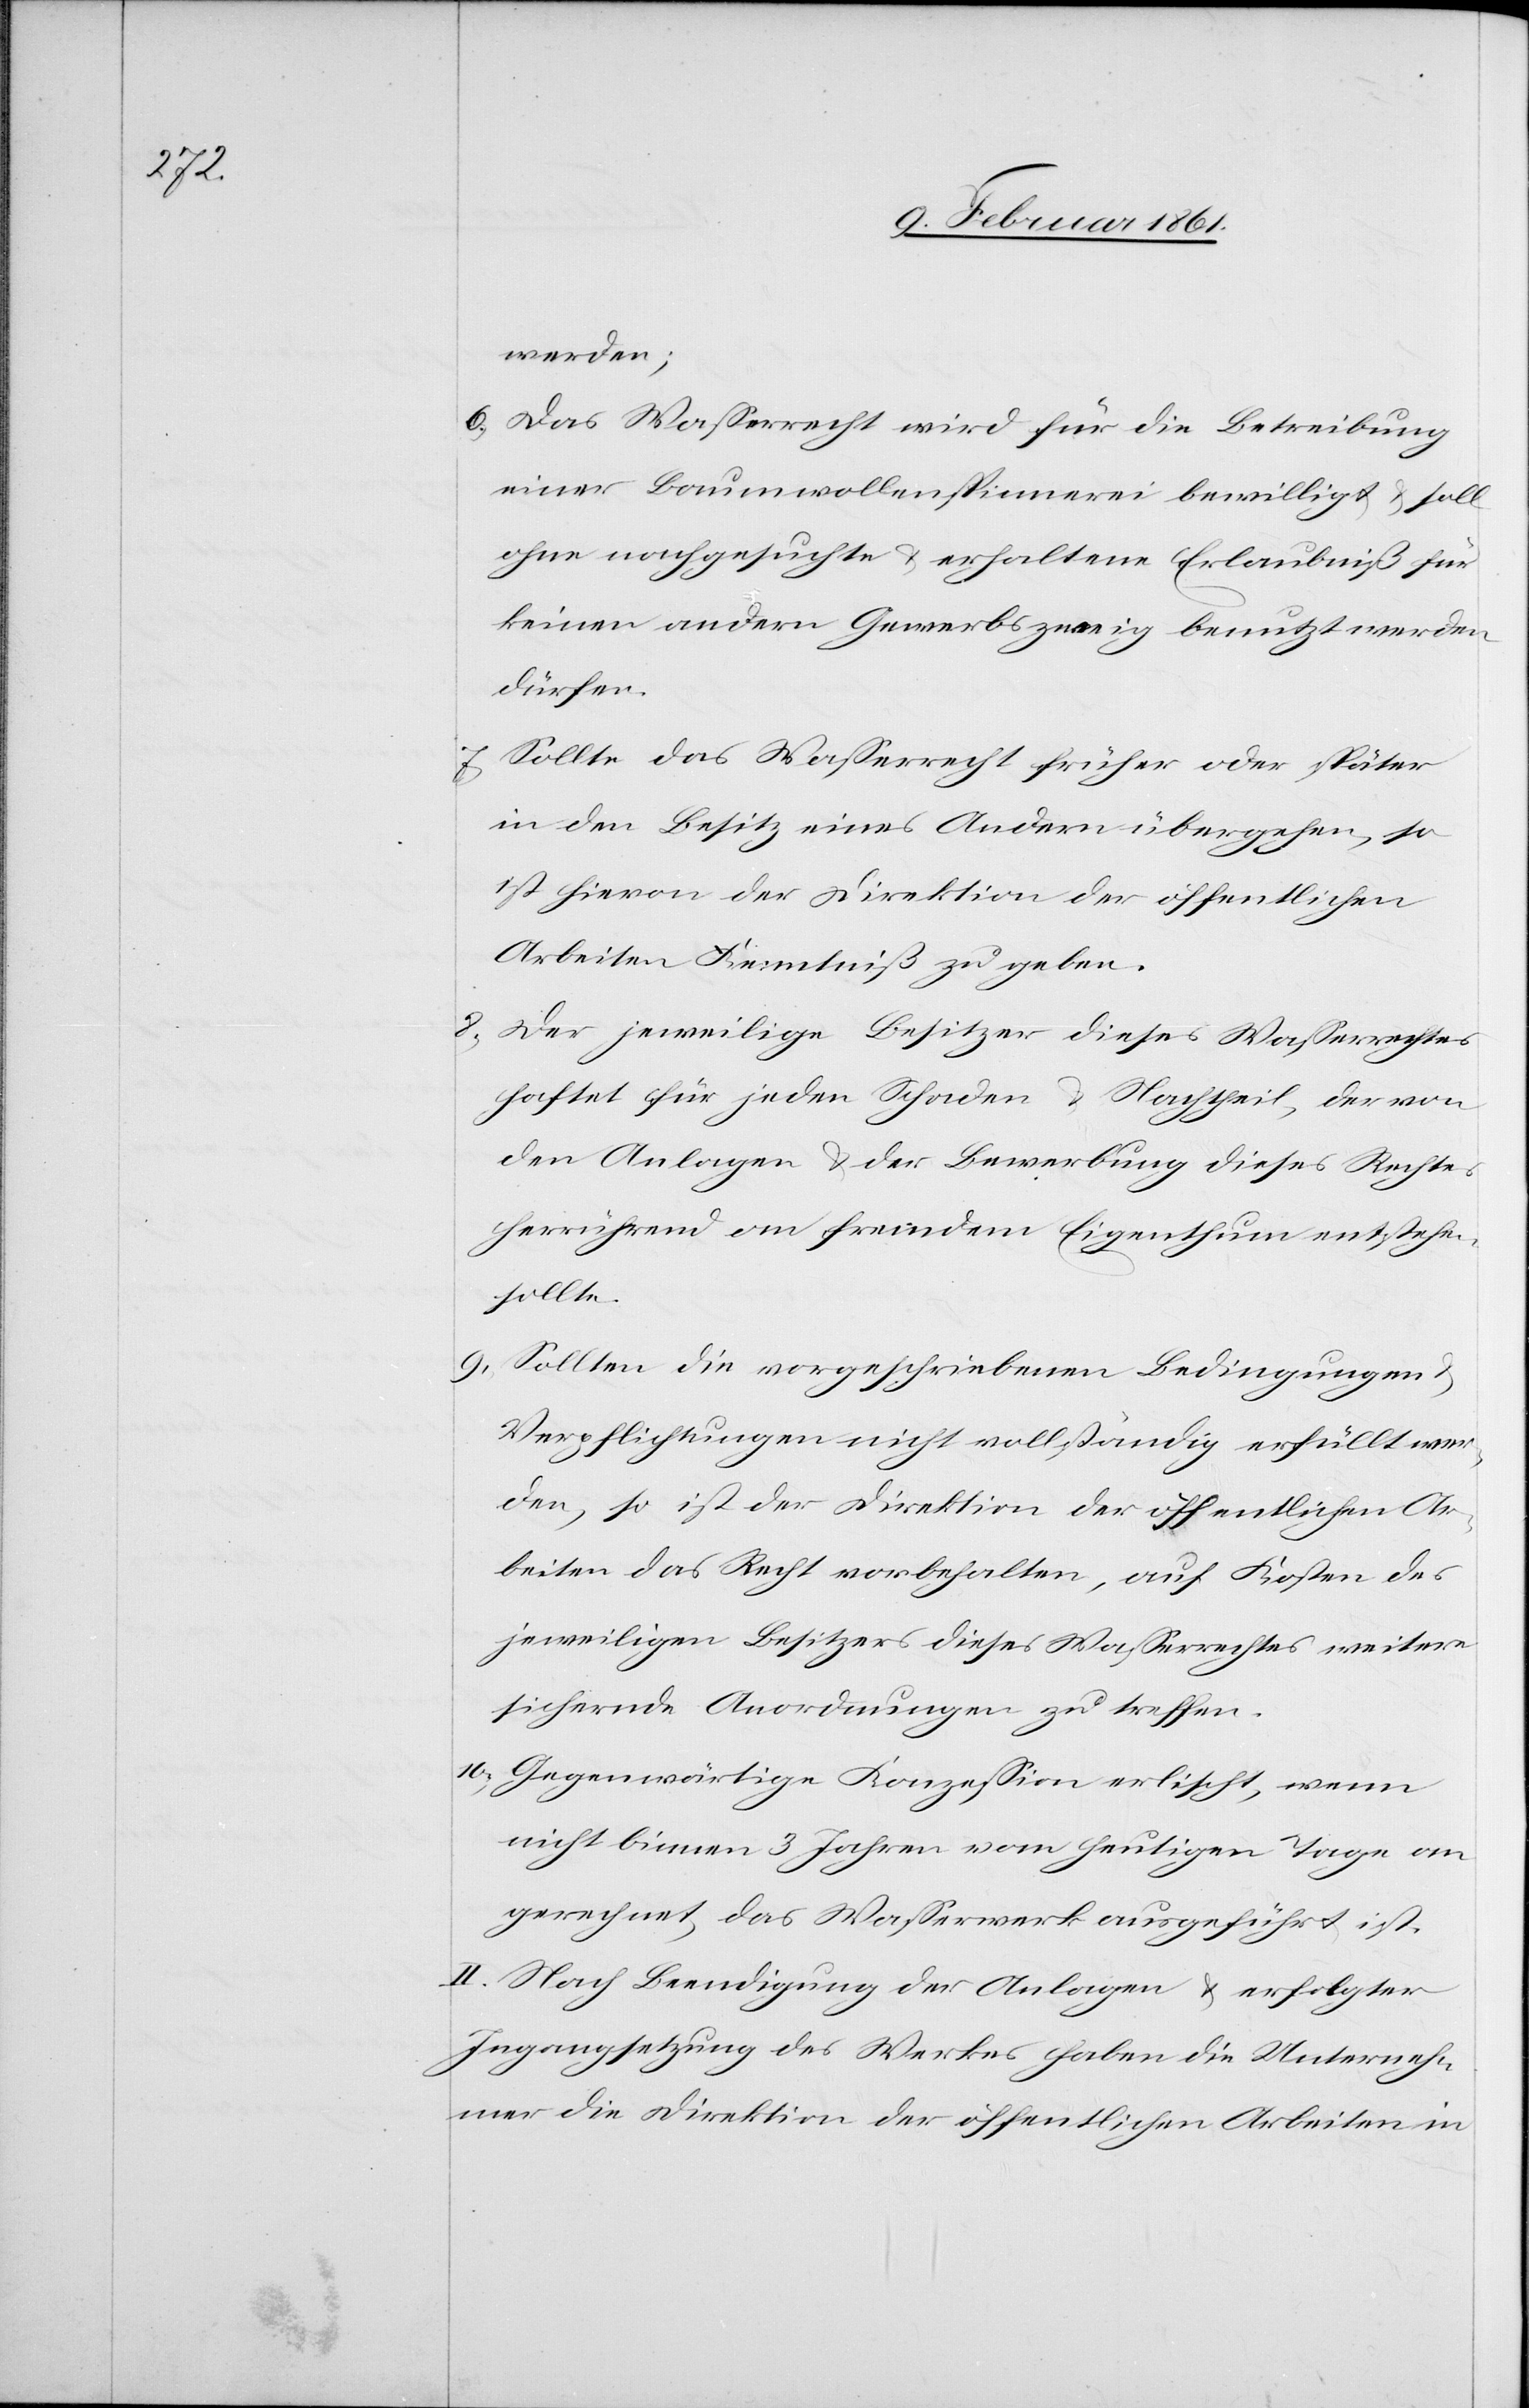
Unterne¬

werden;
6) Das Wasserrecht wird für die Betreibung
einer Baumwollenspinnerei bewilligt
u. soll
ohne nachgesuchte u. erhaltene Erlaubniß für
keinen andern Gewerbszweig benutzt werden
dürfen.
7) Sollte das Wasserrecht früher oder später
in den Besitz eines Andern übergehen, so
ist hievon der Direktion der öffentlichen
Arbeiten Kenntniß zu geben.
8) Der jeweilige Besitzer dieses Wasserrechtes
haftet für jeden Schaden u. Nachtheil, der von
den Anlagen u. der Bewerbung dieses Rechtes
herrührend an fremdem Eigenthum entstehen
sollte.
9) Sollten die vorgeschriebenen Bedingungen
Verpflichtungen nicht vollständig erfüllt wer¬
den, so ist der Direktion der öffentlichen Ar¬
beiten das Recht vorbehalten, auf Kosten des
jeweiligen Besitzers dieses Wasserrechtes weitere
sichernde Anordnungen zu treffen.
10) Gegenwärtige Konzession erlischt, wenn
nicht binnen 3 Jahren vom heutigen Tage an
gerechnet, das Wasserwerk ausgeführt ist.
II. Nach Beendigung des Werkes haben
hmer die Direktion der öffentlichen Arbeiten in